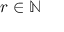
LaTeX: r \in \mathbb { N }